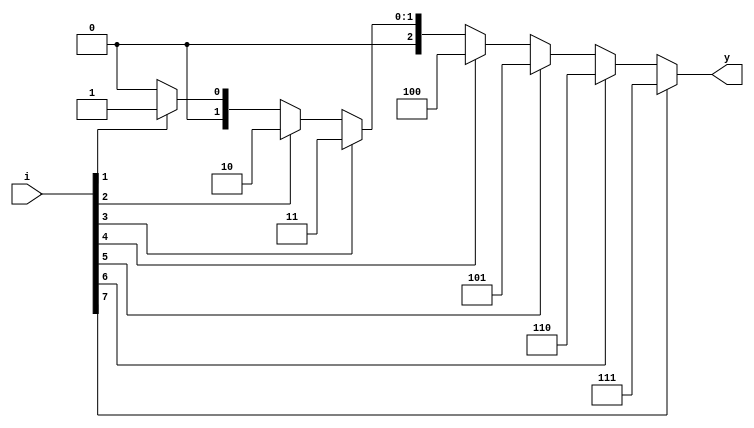
module encoder(
    input [7:0] i,
    output [2:0] y);
    reg [2:0] out;
    always@(*)begin 
    if(i[7]==1) out=3'b111;
        else if(i[6]==1) out=3'b110;
        else if(i[5]==1) out=3'b101;
        else if(i[4]==1) out=3'b100;
        else if(i[3]==1) out=3'b011;
        else if(i[2]==1) out=3'b010;
        else if(i[1]==1) out=3'b001;
        else
        out=3'b000;
    end
assign y=out;
endmodule